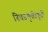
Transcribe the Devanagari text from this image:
निवडणुकीपुर्वी